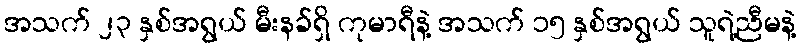
အသက် ၂၃ နှစ်အရွယ် မီးနခ်ရှိ ကုမာရီနဲ့ အသက် ၁၅ နှစ်အရွယ် သူရဲ့ညီမနဲ့